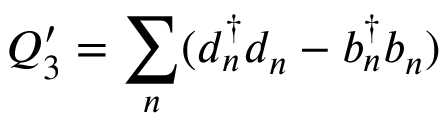
Q _ { 3 } ^ { \prime } = { \sum _ { n } } ( d _ { n } ^ { \dagger } d _ { n } - b _ { n } ^ { \dagger } b _ { n } )